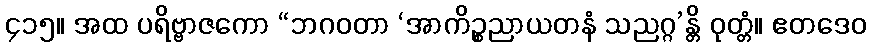
၄၁၅။ အထ ပရိဗ္ဗာဇကော “ဘဂဝတာ ‘အာကိဉ္စညာယတနံ သညဂ္ဂ’န္တိ ဝုတ္တံ။ ဧတဒေဝ